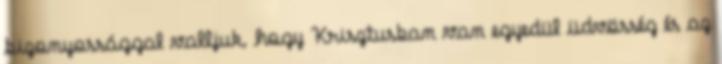
bizonyossággal valljuk, hogy Krisztusban van egyedül üdvösség és az